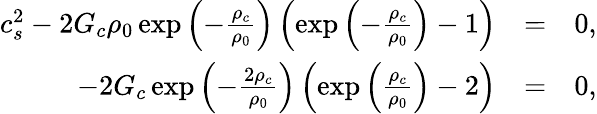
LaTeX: \begin{array}{rlr}{c_{s}^{2}-2G_{c}\rho_{0}\exp\left(-\frac{\rho_{c}}{\rho_{0}}\right)\left(\exp\left(-\frac{\rho_{c}}{\rho_{0}}\right)-1\right)}&{=}&{0,}\\ {-2G_{c}\exp\left(-\frac{2\rho_{c}}{\rho_{0}}\right)\left(\exp\left(\frac{\rho_{c}}{\rho_{0}}\right)-2\right)}&{=}&{0,}\end{array}